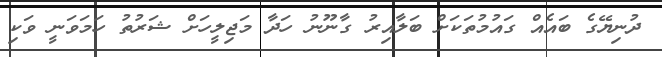
ދުނިޔޭގެ ބައެއް ގައުމުތަކަށް ބަލާއިރު ގާނޫނު ހަދާ މަޖިލީހަށް ޝަރުތު ހަމަވަނީ ވަކި